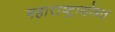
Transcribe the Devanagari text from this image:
महाराष्ट्रासोबत